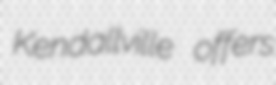
Kendallville offers